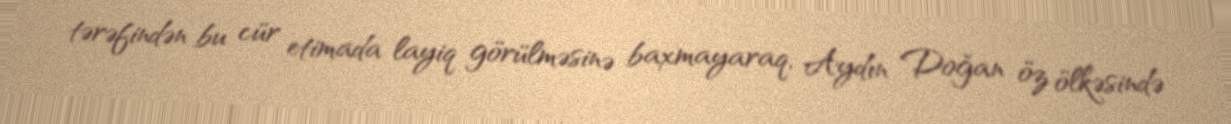
tərəfindən bu cür etimada layiq görülməsinə baxmayaraq, Aydın Doğan öz ölkəsində